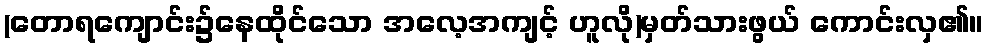
(တောရကျောင်း၌နေထိုင်သော အလေ့အကျင့် ဟူလို)မှတ်သားဖွယ် ကောင်းလှ၏။